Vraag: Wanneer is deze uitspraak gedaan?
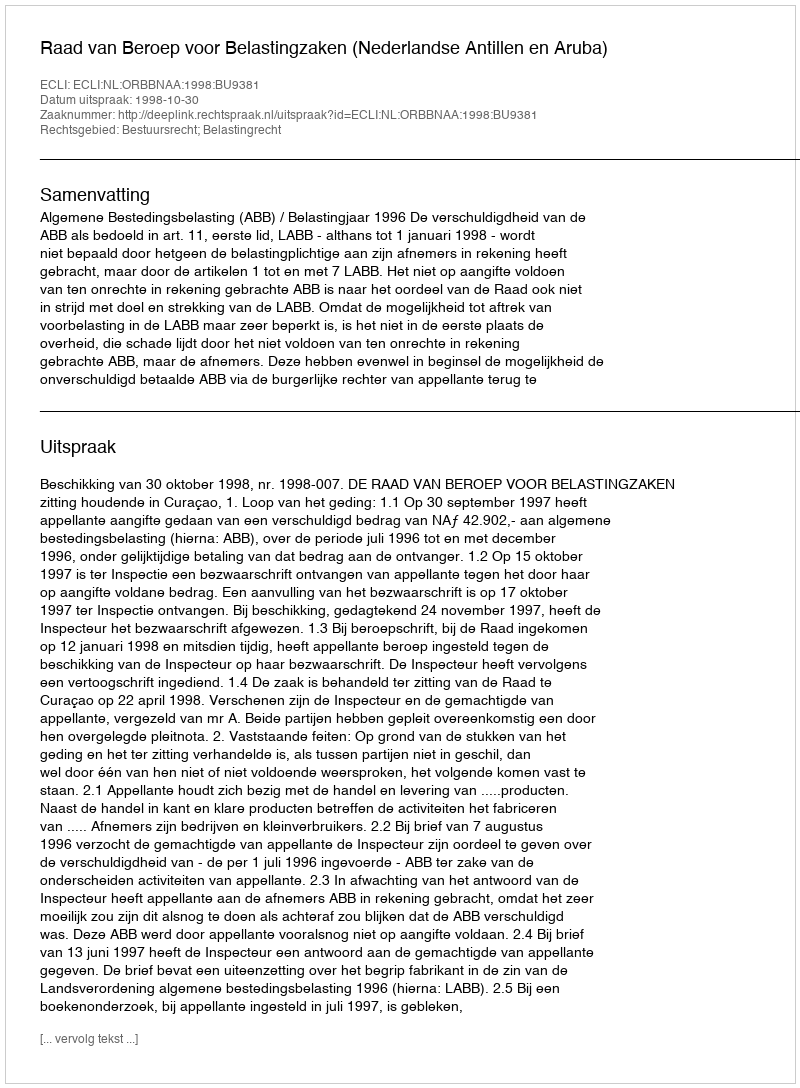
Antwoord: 1998-10-30